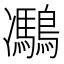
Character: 𪅯